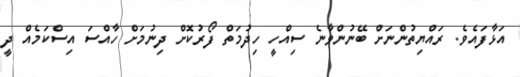
އަޅާފައެވެ. ރައްޔިތުންނަށް ބޭނުންވާނެ ސިއްހީ ހިދުމަތް ފޯރުކޮށް ދިނުމަށް ހާއްސަ އިސްކަމެއް ދީ